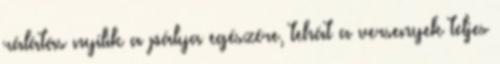
rálátás nyílik a pálya egészére, tehát a versenyek teljes